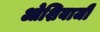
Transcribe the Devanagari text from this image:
ओशियाजी